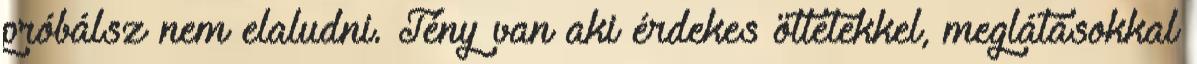
próbálsz nem elaludni. Tény van aki érdekes ötletekkel, meglátásokkal